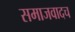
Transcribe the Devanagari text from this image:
समाजवादच